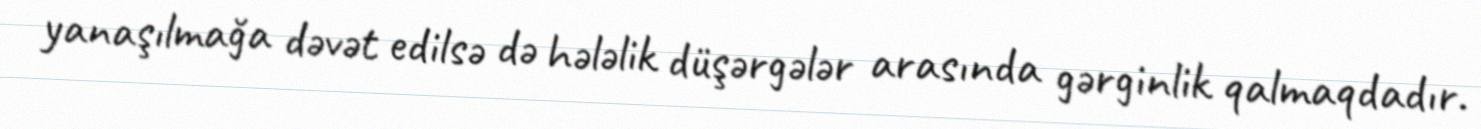
yanaşılmağa dəvət edilsə də hələlik düşərgələr arasında gərginlik qalmaqdadır.